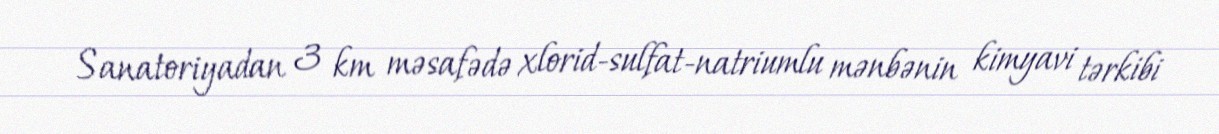
Sanatoriyadan 3 km məsafədə xlorid-sulfat-natriumlu mənbənin kimyavi tərkibi